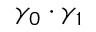
\gamma _ { 0 } \cdot \gamma _ { 1 }